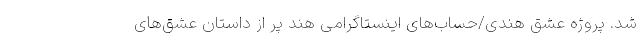
شد. پروژه عشق هندی/حساب‌های اینستاگرامی هند پر از داستان عشق‌های